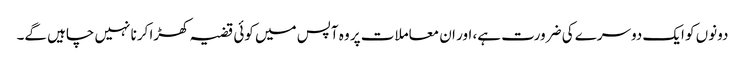
دونوں کو ایک دوسرے کی ضرورت ہے، اور ان معاملات پر وہ آپس میں کوئی قضیہ کھڑا کرنا نہیں چاہیں گے۔